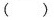
( )